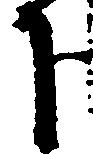
下